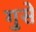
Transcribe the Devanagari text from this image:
गुसे